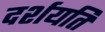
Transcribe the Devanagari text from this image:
दर्शयति